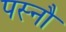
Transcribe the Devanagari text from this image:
पस्नौ